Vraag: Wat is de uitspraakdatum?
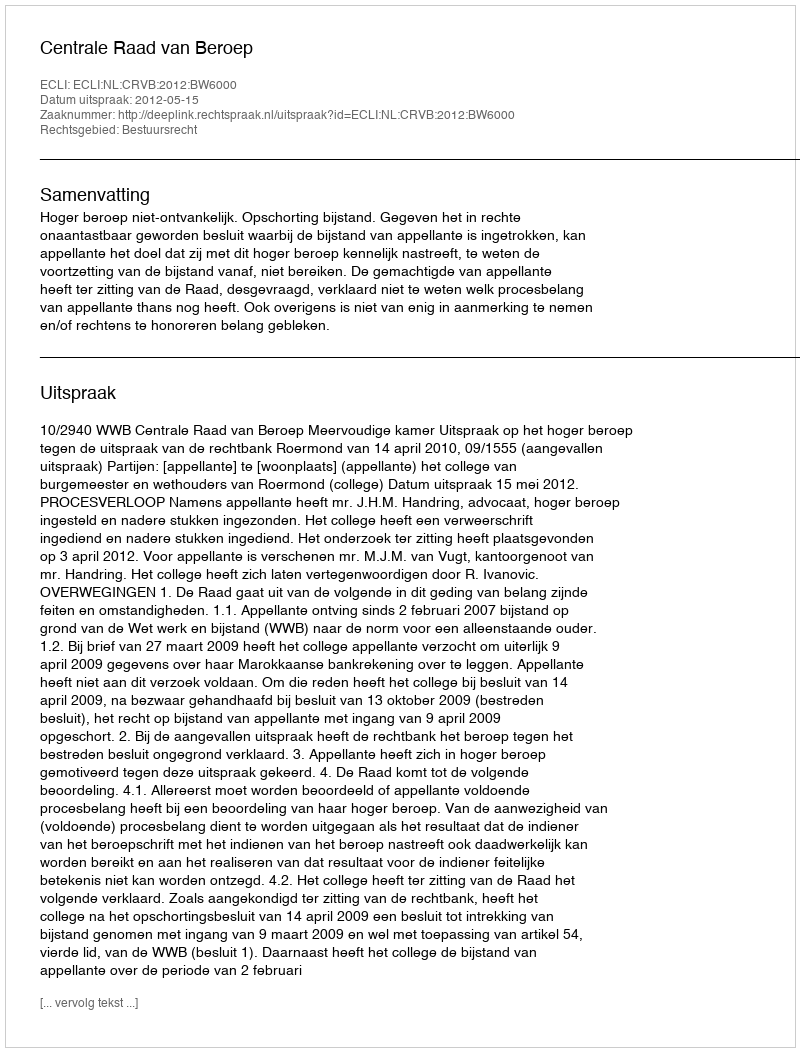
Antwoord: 2012-05-15